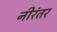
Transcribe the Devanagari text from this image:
नीरंतर